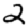
Digit: 2